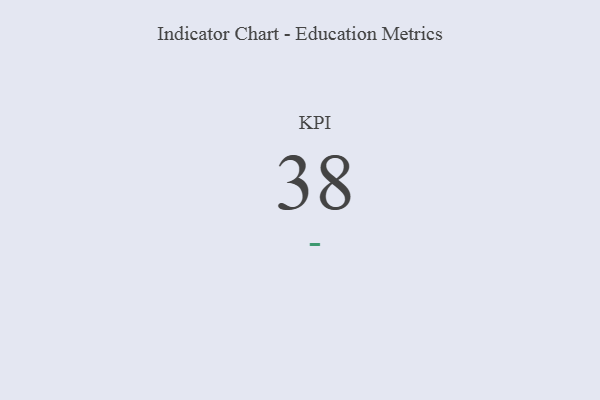
{"axis": {"x": "KPI", "y": "Value"}, "legend": [""], "data": [{"x": "KPI", "y": 38, "type": ""}]}